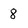
Character: 8